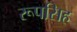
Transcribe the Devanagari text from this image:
रूपसिह